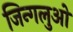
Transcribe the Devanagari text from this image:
जिन्गलुओ